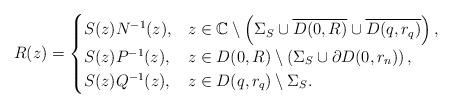
LaTeX: \begin{align*} R(z) = \begin{cases} S(z) N^{-1}(z), & z \in \mathbb{C}\setminus \left(\Sigma_S \cup \overline{D(0,R)}\cup \overline{D(q,r_q)} \right),\\S(z) P^{-1}(z), & z \in D(0,R) \setminus \left(\Sigma_S \cup \partial D(0,r_n) \right), \\S(z) Q^{-1}(z), & z\in D(q,r_q) \setminus \Sigma_S.\end{cases}\end{align*}